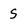
Character: S